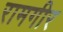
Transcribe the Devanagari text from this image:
रामगीर